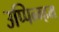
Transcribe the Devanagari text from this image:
उप्पिन्ग्हम